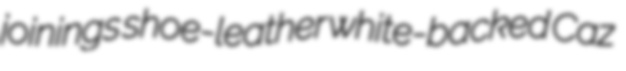
joinings shoe-leather white-backed Caz